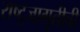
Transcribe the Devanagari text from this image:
राष्ट्रजागृतीची